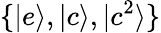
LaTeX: \{ |e\rangle,|c\rangle,|c^{2}\rangle\}